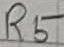
Text: R5